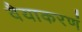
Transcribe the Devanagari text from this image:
वैयाकरणं